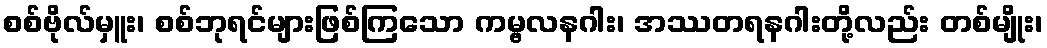
စစ်ဗိုလ်မှူး၊ စစ်ဘုရင်များဖြစ်ကြသော ကမ္ဗလနဂါး၊ အဿတရနဂါးတို့လည်း တစ်မျိုး၊